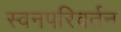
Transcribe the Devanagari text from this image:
स्वनपरिवर्तन